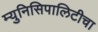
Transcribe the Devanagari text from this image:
म्युनिसिपालिटीचा